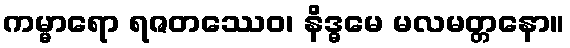
ကမ္မာရော ရဇတဿေဝ၊ နိဒ္ဓမေ မလမတ္တနော။